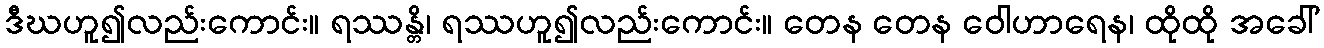
ဒီဃဟူ၍လည်းကောင်း။ ရဿန္တိ၊ ရဿဟူ၍လည်းကောင်း။ တေန တေန ဝေါဟာရေန၊ ထိုထို အခေါ်